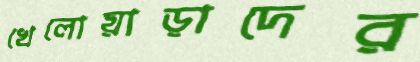
খেলোয়াড়াদের